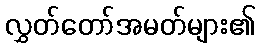
လွှတ်တော်အမတ်များ၏